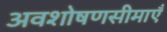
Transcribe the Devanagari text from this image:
अवशोषणसीमाएँ